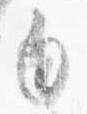
白